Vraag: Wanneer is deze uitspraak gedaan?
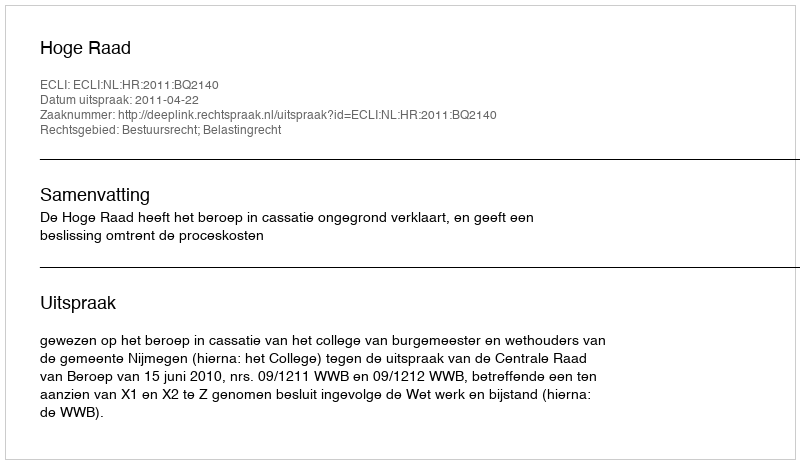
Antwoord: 2011-04-22